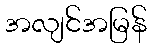
အလျင်အမြန်